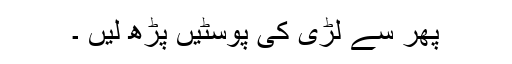
پھر سے لڑی کی پوسٹیں پڑھ لیں ۔